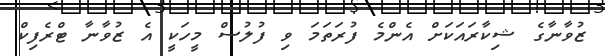
ޒުވާނާގެ ޝިކާރައަކަށް އެންމެ ފުރަތަމަ ވި ފުލުސް މީހަކީ އެ ޒުވާނާ ޓްރެފިކް